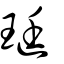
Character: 珽